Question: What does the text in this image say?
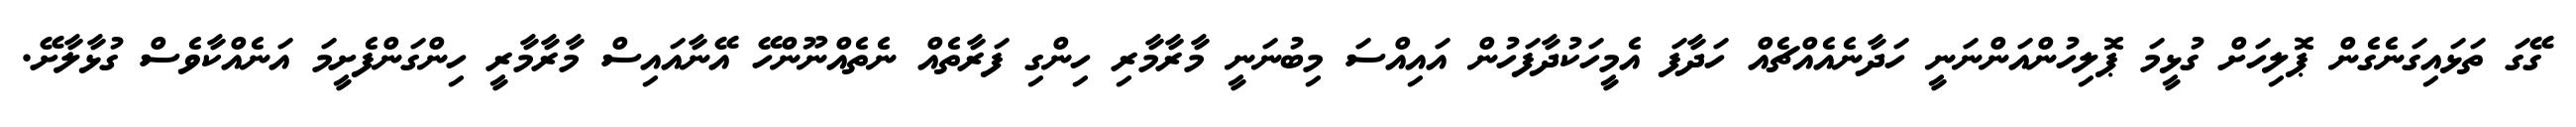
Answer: ގޭގަ ތަޅައިގަނެގެން ޕޮލިހަށް ގުޅީމަ ޕޮލިހުންއަންނަނީ ހަދާނެއެއްޗެއް ހަދާފަ އެމީހަކުދާފަހުން އައިއްސަ މިބުނަނީ މާރާމާރި ހިންގި ފަރާތެއް ނެތެއްނޫންހޭ އޭނާއައިސް މާރާމާރީ ހިންގަންފެށީމަ އަނެއްކާވެސް ގުޅާލާށޭ.